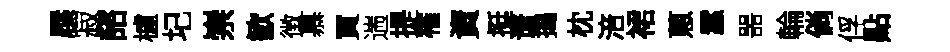
屧寂諮櫨圮崇歓徴慕買遄提罹資挺谱搗枕涪裙蔥蠶噐輪倘俘點